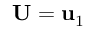
{ \bf U } = { \bf u } _ { 1 }